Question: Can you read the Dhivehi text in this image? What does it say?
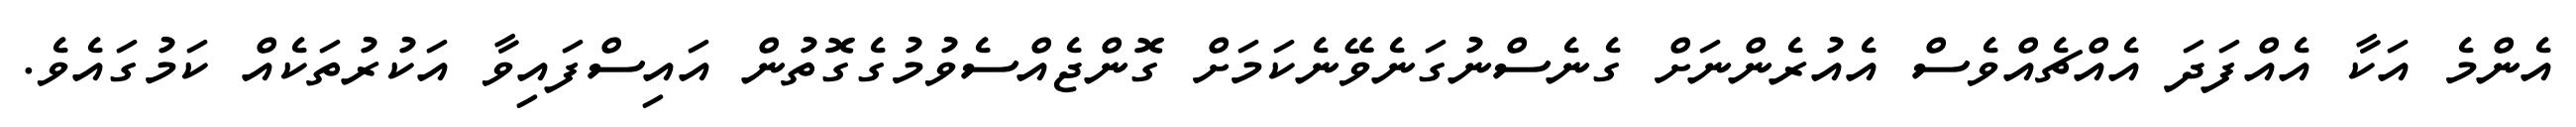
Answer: އެންމެ އަކާ އެއްފަދަ އެއްޗެއްވެސް އެއުރެންނަށް ގެނެސްނުގަނެވޭނެކަމަށް ގޮންޖެއްސެވުމުގެގޮތުން އައިސްފައިވާ އަކުރުތަކެއް ކަމުގައެވެ.